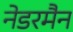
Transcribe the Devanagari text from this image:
नेडरमैन